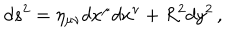
d s ^ { 2 } = \eta _ { \mu \nu } d x ^ { \mu } d x ^ { \nu } + R ^ { 2 } d y ^ { 2 } \, ,